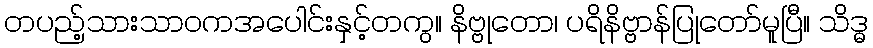
တပည့်သားသာဝကအပေါင်းနှင့်တကွ။ နိဗ္ဗုတော၊ ပရိနိဗ္ဗာန်ပြုတော်မူပြီ။ သိဒ္ဓ